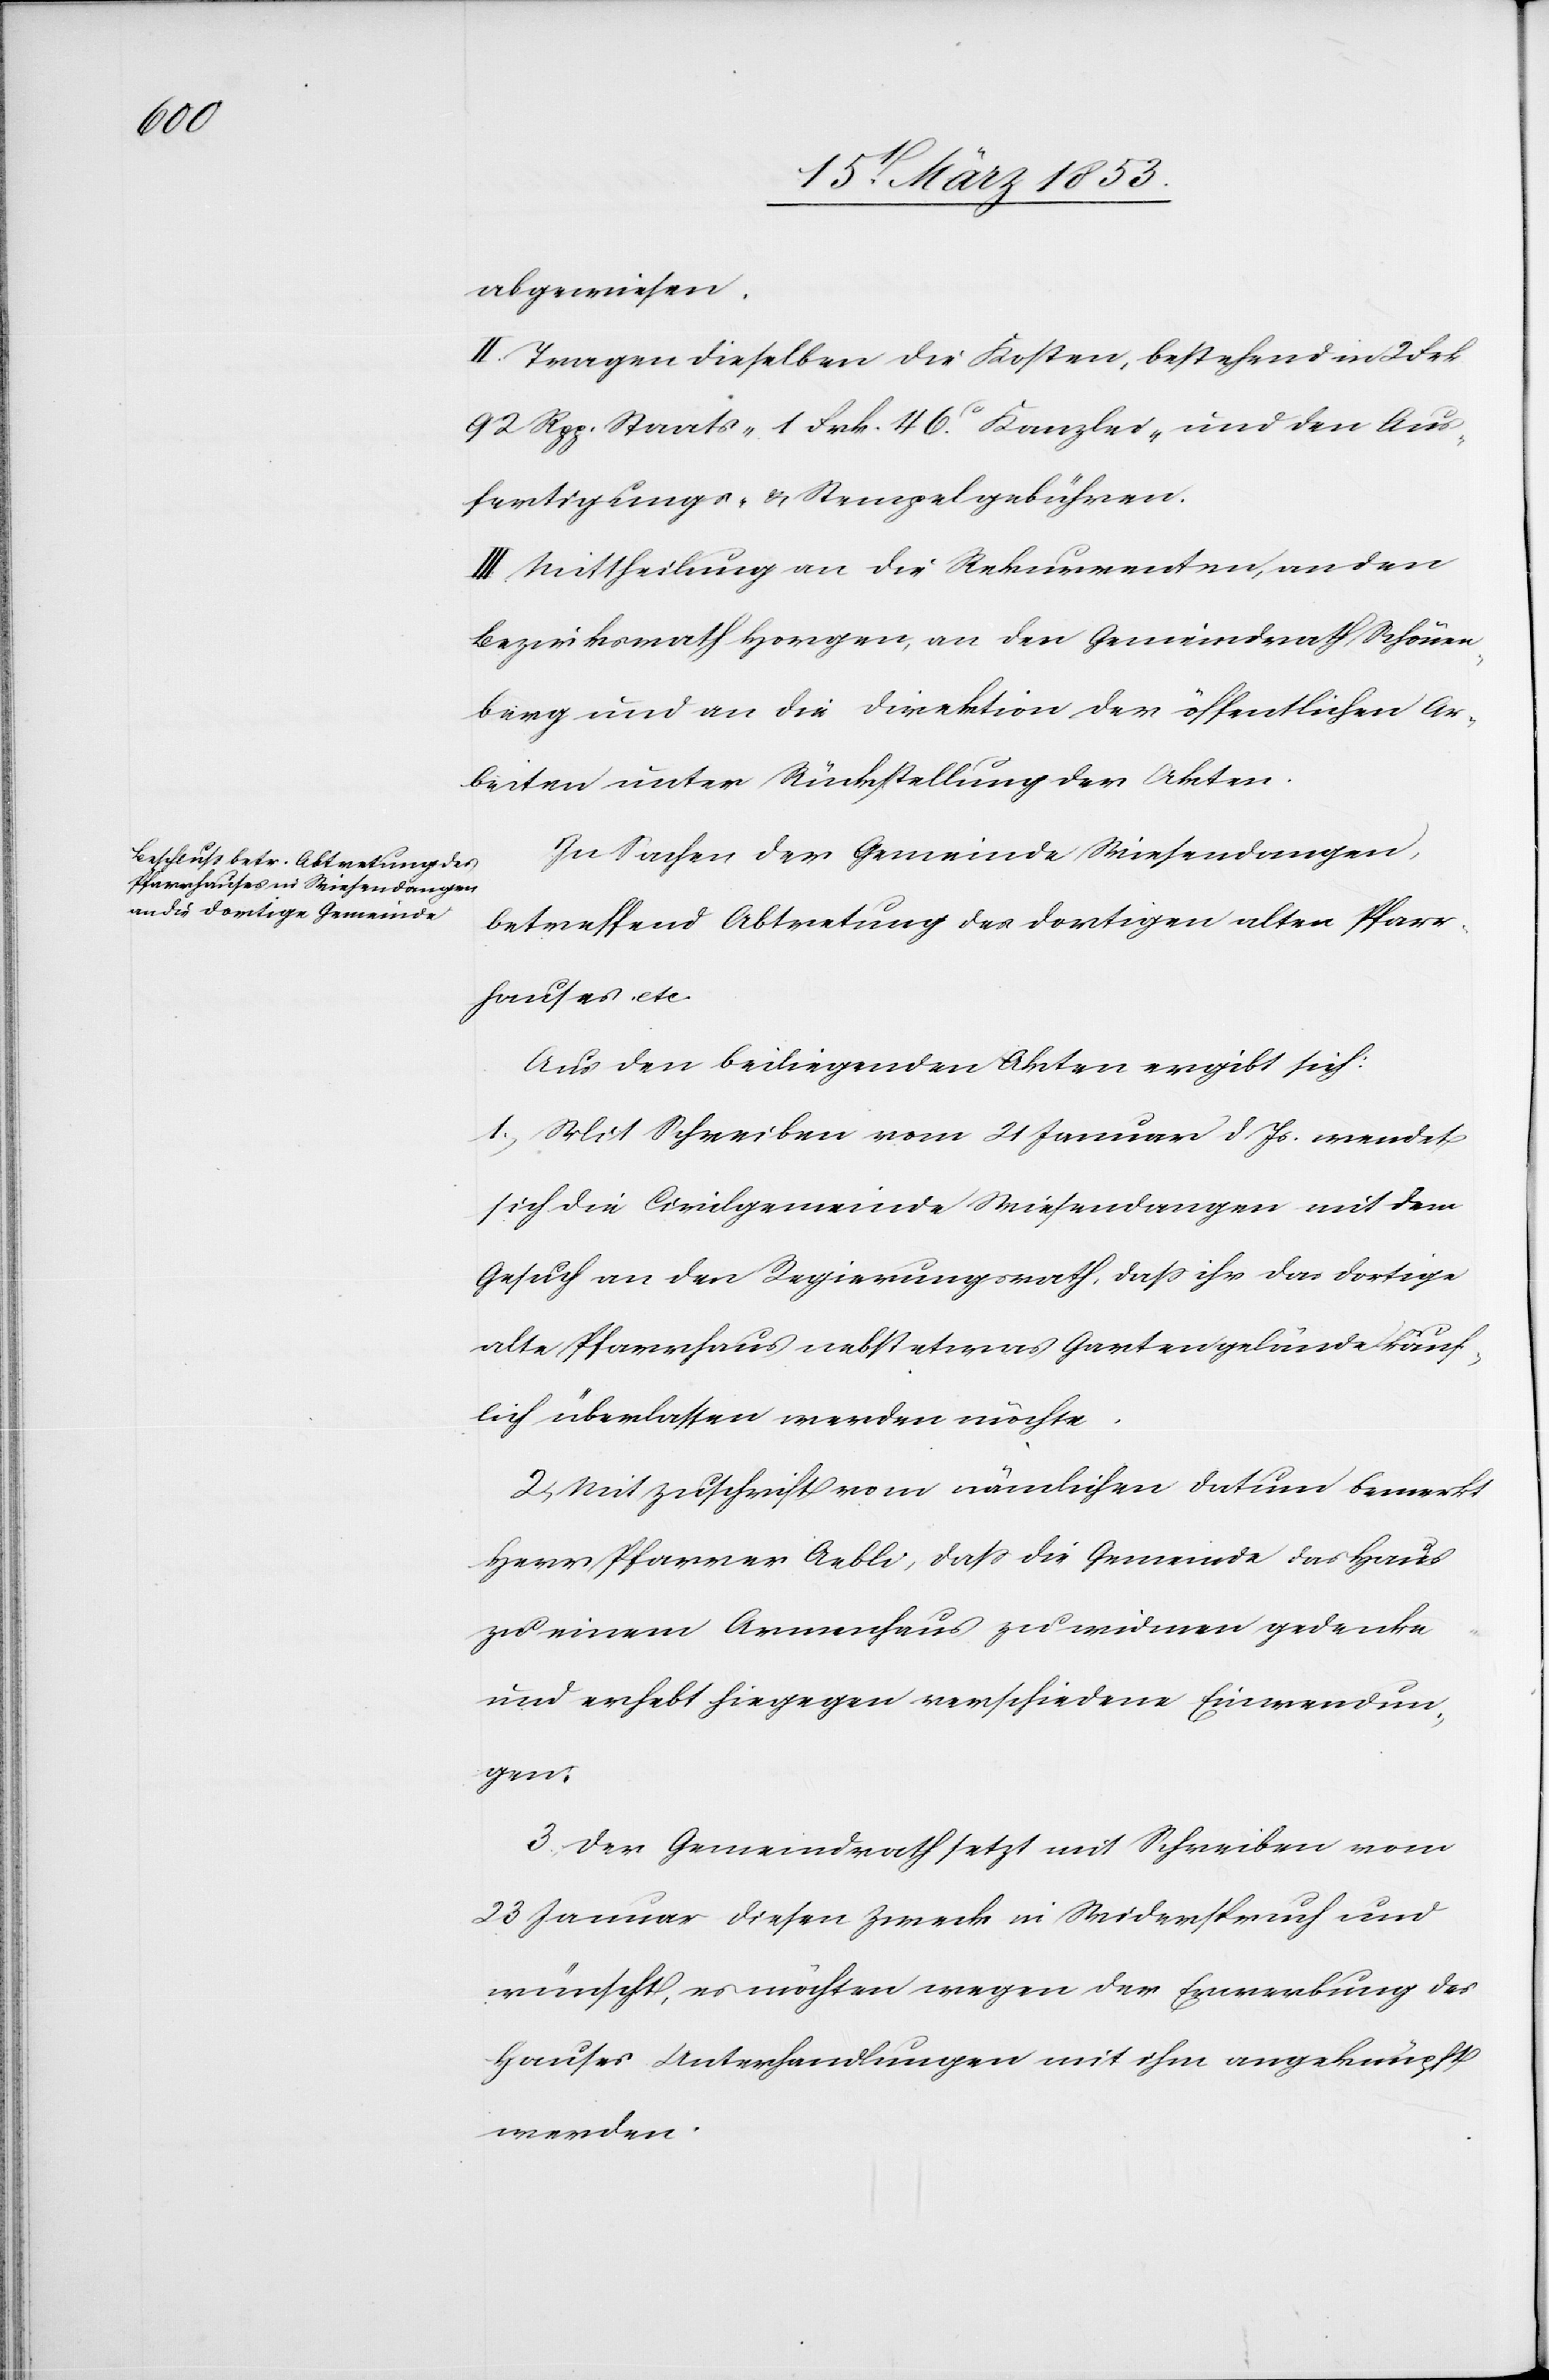
abgewiesen.
II. Tragen dieselben die Kosten, bestehend in 2 Frk.
92 Rpp. Staats- 1 Frk. 46 c Kanzlei- und den Aus¬
fertigungs- u. Stempelgebühren.
III. Mittheilung an die Rekurrenten, an den
Bezirksrath Horgen, an den Gemeindrath Schönen¬
berg und an die Direktion der öffentlichen Ar¬
beiten unter Rückstellung der Akten.
In Sachen der Gemeinde Wiesendangen,
betreffend Abtretung des dortigen alten Pfarr¬
hauses etc.
Aus den beiliegenden Akten ergibt sich:
1, Mit Schreiben vom 21 Januar d. Js. wendet
sich die Civilgemeinde Wiesendangen mit dem
Gesuch an den Regierungsrath, daß ihr das dortige
alte Pfarrhaus nebst etwas Gartengelände käuf¬
lich überlassen werden möchte.
2, Mit Zuschrift vom nämlichen Datum bemerkt
Herr Pfarrer Aebli, daß die Gemeinde das Haus
zu einem Armenhaus zu widmen gedenke
und erhebt hiegegen verschiedene Einwendun¬
gen.
3, Der Gemeindrath setzt mit Schreiben vom
23 Januar diesen Zweck in Widerspruch und
wünscht, es möchten wegen der Erwerbung des
Hauses Unterhandlungen mit ihm angeknüpft
werden.